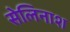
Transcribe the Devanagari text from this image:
सेलिनाश